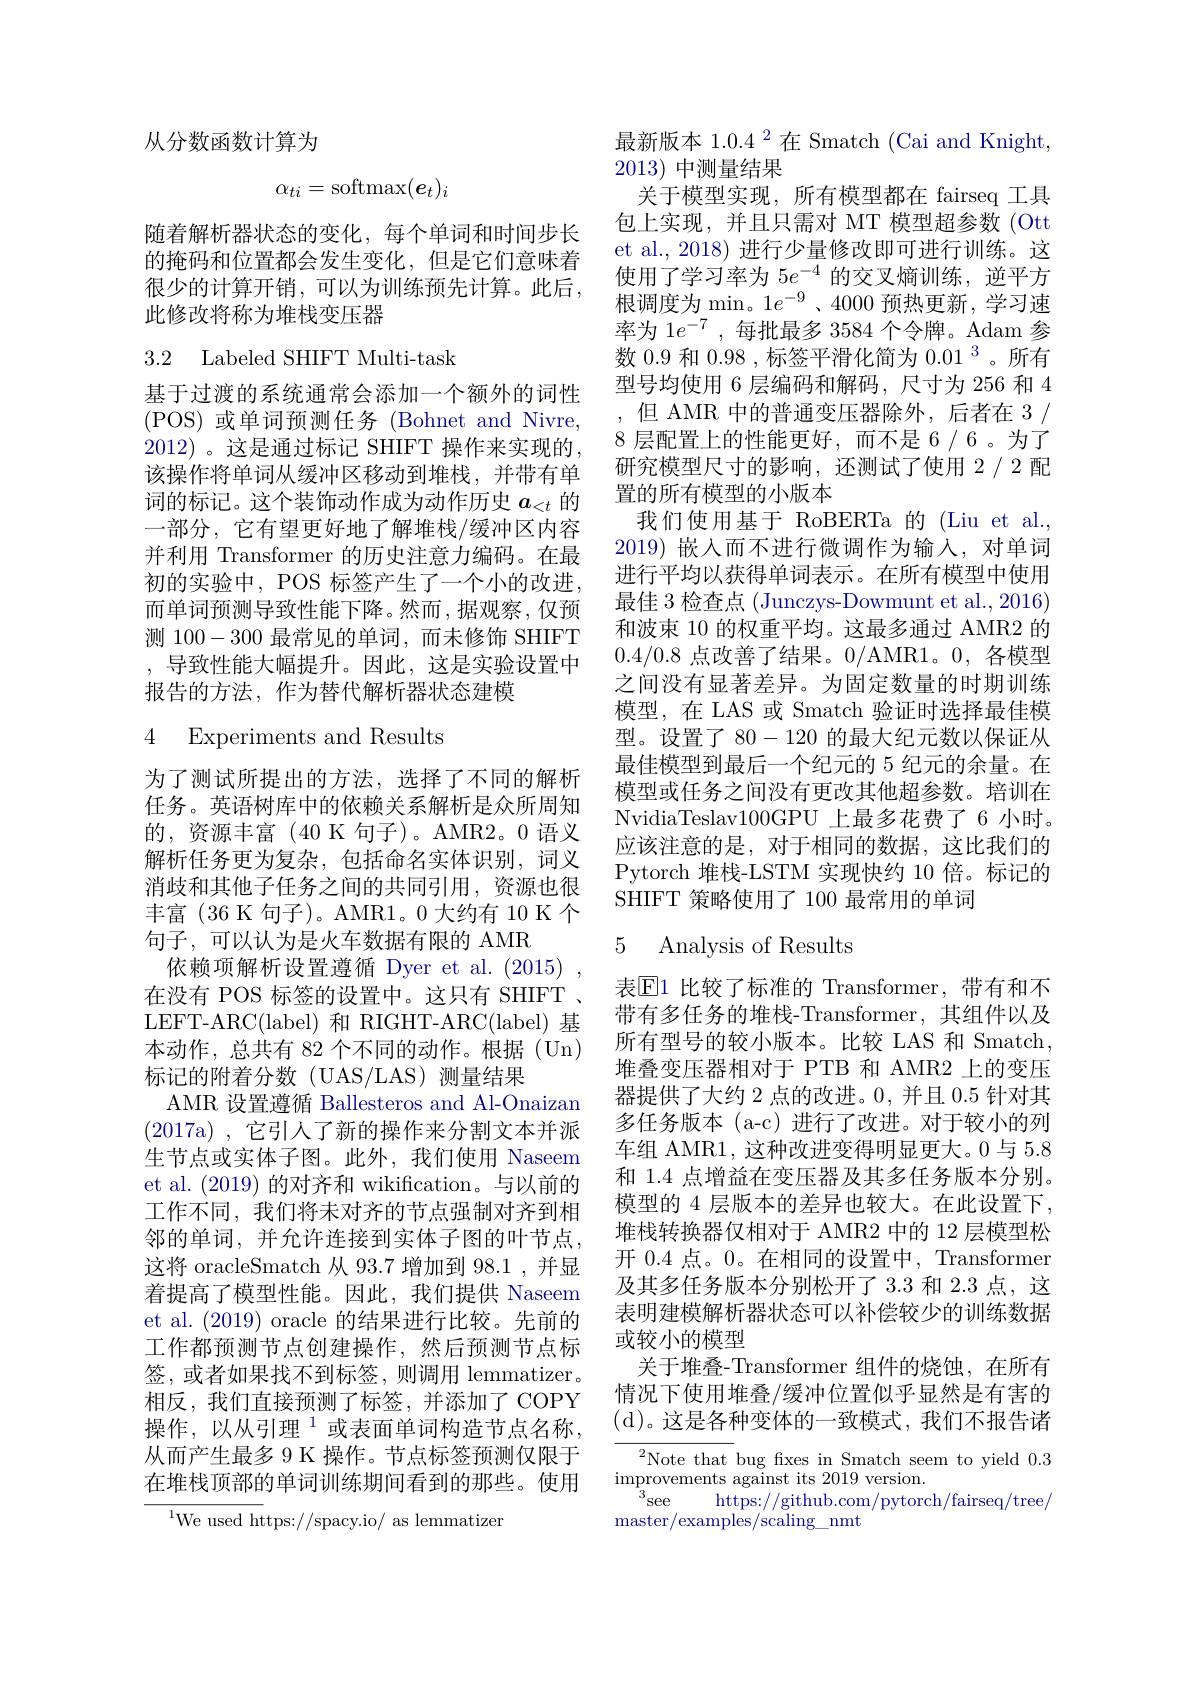
从分数函数计算为
$$\alpha_{ti}=\mathrm{softmax}(\boldsymbol{e}_t)_i$$
随着解析器状态的变化，每个单词和时间步长的掩码和位置都会发生变化，但是它们意味着很少的计算开销，可以为训练预先计算。此后， 此修改将称为堆栈变压器

# 3.2 Labeled SHIFT Multi-task

基于过渡的系统通常会添加一个额外的词性( POS) 或 单 词 预 测 任 务 ( Bohnet and Nivre, 2012)。这是通过标记 SHIFT 操作来实现的， 该操作将单词从缓冲区移动到堆栈，并带有单词的标记。这个装饰动作成为动作历史$a_<t$的一部分，它有望更好地了解堆栈/缓冲区内容并利用 Transformer 的历史注意力编码。在最初的实验中，POS 标签产生了一个小的改进， 而单词预测导致性能下降。然而，据观察，仅预测100-300最常见的单词，而未修饰 SHIFT ,导致性能大幅提升。因此，这是实验设置中报告的方法，作为替代解析器状态建模

4 Experiments and Results

为了测试所提出的方法，选择了不同的解析任务。英语树库中的依赖关系解析是众所周知的，资源丰富(40 K 句子)。AMR2。0 语义解析任务更为复杂，包括命名实体识别，词义消歧和其他子任务之间的共同引用，资源也很丰富(36 K 句子)。AMR1。0 大约有 10 K 个句子，可以认为是火车数据有限的 AMR
依赖项解析设置遵循 Dyer et al.(2015) 在没有 POS 标签的设置中。这只有 SHIFT 、 LEFT-ARC(label) 和 RIGHT-ARC(label) 基本动作，总共有 82 个不同的动作。根据 (Un) 标记的附着分数(UAS/LAS)测量结果
AMR 设置遵循 Ballesteros and Al-Onaizan (2017a),它引人了新的操作来分割文本并派生节点或实体子图。此外，我们使用 Naseem et al. (2019)的对齐和 wikification。与以前的工作不同，我们将未对齐的节点强制对齐到相邻的单词，并允许连接到实体子图的叶节点， 这将 oracleSmatch 从 93.7 增加到 98.1 ,并显着提高了模型性能。因此，我们提供 Naseem et al. (2019) oracle 的结果进行比较。先前的工作都预测节点创建操作，然后预测节点标签，或者如果找不到标签，则调用 lemmatizer。相反，我们直接预测了标签，并添加了 COPY 操作，以从引理$^{1}$或表面单词构造节点名称， 从而产生最多 9 K 操作。节点标签预测仅限于在堆栈顶部的单词训练期间看到的那些。使用
$^{1}$We used https://spacy.io/ as lemmatizer

最新版本 1.0.4 $^{2}$在 Smatch (Cai and Knight,
2013)中测量结果
关于模型实现，所有模型都在 fairseq 工具包上实现，并且只需对 MT 模型超参数 (Ott et al., 2018) 进行少量修改即可进行训练。这使用了学习率为$5e^{-4}$的交叉熵训练，逆平方根调度为 min。1$e^{-9}$、4000 预热更新，学习速率为 1$e^{-7}$ ,每批最多 3584 个令牌。Adam 参数 0.9 和 0.98 , 标签平滑化简为 0.01 3 。所有型号均使用 6 层编码和解码，尺寸为 256 和 4 ,但 AMR 中的普通变压器除外，后者在 3 / 8 层配置上的性能更好，而不是 6 / 6 。为了研究模型尺寸的影响，还测试了使用2/2配置的所有模型的小版本
我们使用基于 RoBERTa 的 (Liu et al., 2019)嵌入而不进行微调作为输入，对单词进行平均以获得单词表示。在所有模型中使用最佳 3 检查点 (Junczys-Dowmunt et al., 2016) 和波束 10 的权重平均。这最多通过 AMR2 的0.4/0.8点改善了结果。0/AMR1。0,各模型之间没有显著差异。为固定数量的时期训练模型，在 LAS 或 Smatch 验证时选择最佳模型。设置了80-120的最大纪元数以保证从最佳模型到最后一个纪元的 5 纪元的余量。在模型或任务之间没有更改其他超参数。培训在NvidiaTeslav100GPU 上最多花费了6 小时。应该注意的是，对于相同的数据，这比我们的Pytorch 堆栈-LSTM 实现快约 10 倍。标记的SHIFT 策略使用了 100 最常用的单词

### 5 Analvsis of Results

表$\operatorname{E}$1 比较了标准的 Transformer,带有和不带有多任务的堆栈-Transformer,其组件以及所有型号的较小版本。比较 LAS 和 Smatch, 堆叠变压器相对于 PTB 和 AMR2 上的变压器提供了大约 2 点的改进。0, 并且 0.5 针对其多任务版本(a-c)进行了改进。对于较小的列车组 AMR1, 这种改进变得明显更大。0 与 5.8和 1.4 点增益在变压器及其多任务版本分别。模型的 4 层版本的差异也较大。在此设置下， 堆栈转换器仅相对于 AMR2 中的 12 层模型松开 0.4 点。0。在相同的设置中，Transformer 及其多任务版本分别松开了 3.3 和 2.3 点，这表明建模解析器状态可以补偿较少的训练数据或较小的模型
关于堆叠-Transformer 组件的烧蚀，在所有情况下使用堆叠/缓冲位置似乎显然是有害的(d)。这是各种变体的一致模式，我们不报告诸

$^{2}$Note that bug fxes in Smatch seem to yield 0.3
$\operatorname*{improvements}$ against its 2019 version.
$^{3}$see
https: / / github. com/ pytorch/ fairseq/ tree/
master/examples/scaling\_nmt